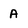
Character: A